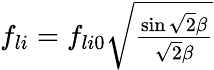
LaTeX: \begin{array}{r}{f_{li}=f_{li0}\sqrt{\frac{\sin\sqrt{2}\beta}{\sqrt{2}\beta}}}\end{array}